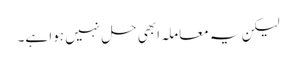
لیکن یہ معاملہ ابھی حل نہیں ہوا ہے۔